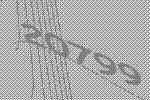
20799